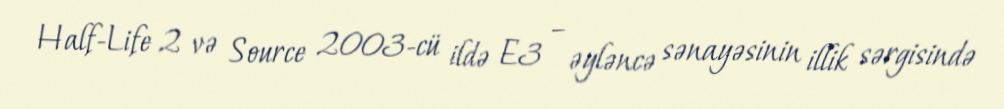
Half-Life 2 və Source 2003-cü ildə E3 – əyləncə sənayəsinin illik sərgisində